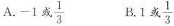
A.-1 \frac{1}{3}B.1或 \frac{1}{3}